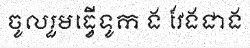
ចូលរួមធ្វើទូក ង វែងជាង